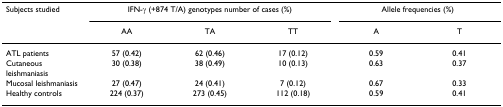
| Subjects studied | <COLSPAN=3> IFN-γ (+874 T/A) genotypes number of cases (%) | <COLSPAN=2> Allele frequencies (%) |
 |  | AA | TA | TT | A | T |
 | --- | --- | --- | --- | --- | --- |
 | ATL patients | 57 (0.42) | 62 (0.46) | 17 (0.12) | 0.59 | 0.41 |
 | Cutaneous leishmaniasis | 30 (0.38) | 38 (0.49) | 10 (0.13) | 0.63 | 0.37 |
 | Mucosal leishmaniasis | 27 (0.47) | 24 (0.41) | 7 (0.12) | 0.67 | 0.33 |
 | Healthy controls | 224 (0.37) | 273 (0.45) | 112 (0.18) | 0.59 | 0.41 |